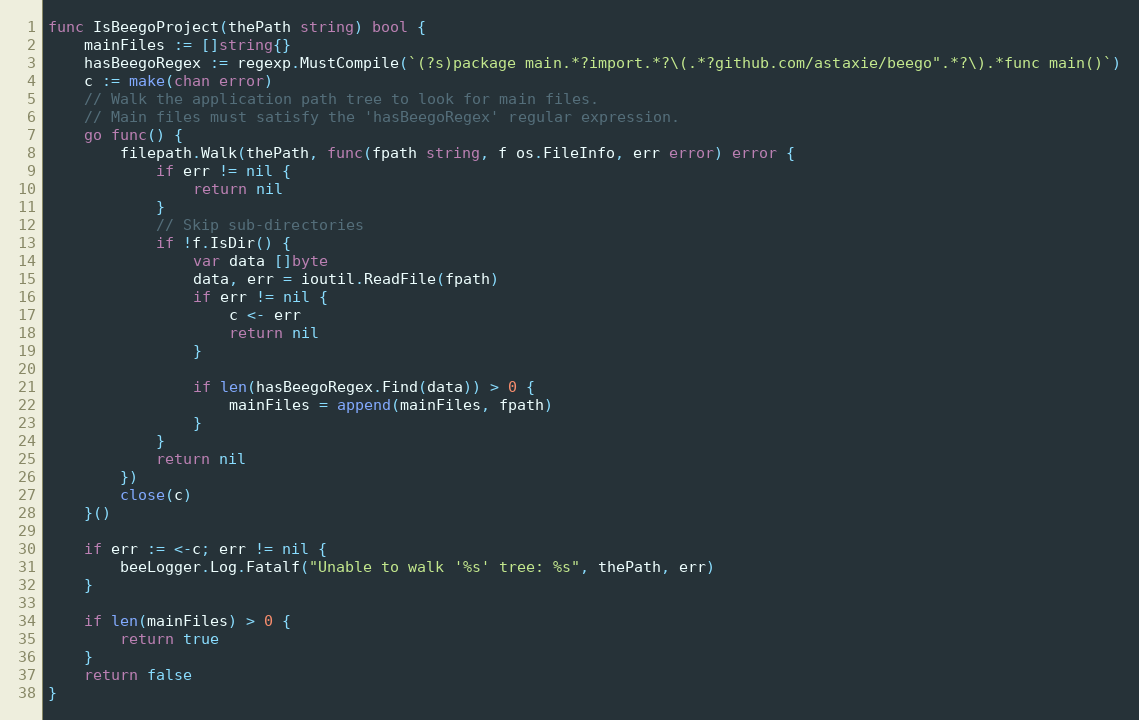
Language: Go
func IsBeegoProject(thePath string) bool {
	mainFiles := []string{}
	hasBeegoRegex := regexp.MustCompile(`(?s)package main.*?import.*?\(.*?github.com/astaxie/beego".*?\).*func main()`)
	c := make(chan error)
	// Walk the application path tree to look for main files.
	// Main files must satisfy the 'hasBeegoRegex' regular expression.
	go func() {
		filepath.Walk(thePath, func(fpath string, f os.FileInfo, err error) error {
			if err != nil {
				return nil
			}
			// Skip sub-directories
			if !f.IsDir() {
				var data []byte
				data, err = ioutil.ReadFile(fpath)
				if err != nil {
					c <- err
					return nil
				}

				if len(hasBeegoRegex.Find(data)) > 0 {
					mainFiles = append(mainFiles, fpath)
				}
			}
			return nil
		})
		close(c)
	}()

	if err := <-c; err != nil {
		beeLogger.Log.Fatalf("Unable to walk '%s' tree: %s", thePath, err)
	}

	if len(mainFiles) > 0 {
		return true
	}
	return false
}